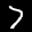
Label: 7